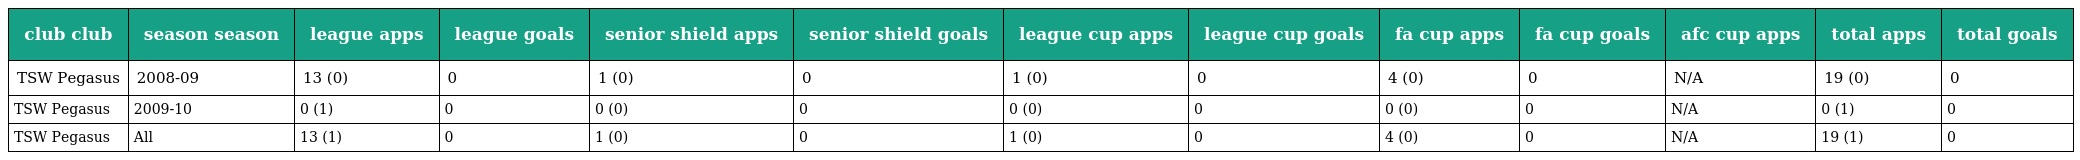
| club club | season season | league apps | league goals | senior shield apps | senior shield goals | league cup apps | league cup goals | fa cup apps | fa cup goals | afc cup apps | total apps | total goals |
 | --- | --- | --- | --- | --- | --- | --- | --- | --- | --- | --- | --- | --- |
 | TSW Pegasus | 2008-09 | 13 (0) | 0 | 1 (0) | 0 | 1 (0) | 0 | 4 (0) | 0 | N/A | 19 (0) | 0 |
 | TSW Pegasus | 2009-10 | 0 (1) | 0 | 0 (0) | 0 | 0 (0) | 0 | 0 (0) | 0 | N/A | 0 (1) | 0 |
 | TSW Pegasus | All | 13 (1) | 0 | 1 (0) | 0 | 1 (0) | 0 | 4 (0) | 0 | N/A | 19 (1) | 0 |